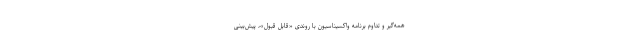
همه‌گیر و تداوم برنامه واکسیناسیون با روندی «قابل قبول»، پیش‌بینی